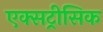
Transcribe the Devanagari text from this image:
एक्सट्रीसिक